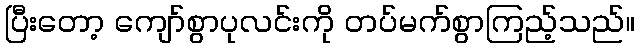
ပြီးတော့ ကျော်စွာပုလင်းကို တပ်မက်စွာကြည့်သည်။